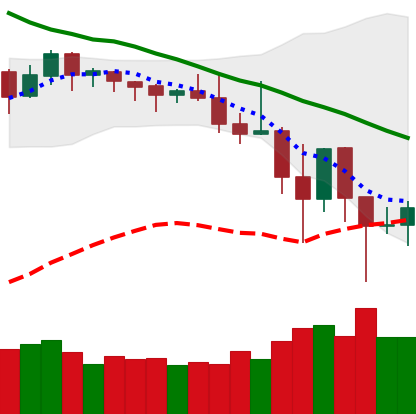
Ticker: DOGE-USD
Chart end date: 2019-11-27
Forward return: -4.446%
Label: down_3_5